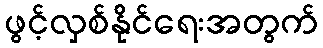
ဖွင့်လှစ်နိုင်ရေးအတွက်